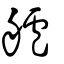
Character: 艫